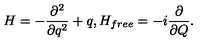
H = - { \frac { \partial ^ { 2 } } { \partial q ^ { 2 } } } + q , H _ { f r e e } = - i { \frac \partial { \partial Q } } .